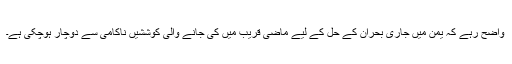
واضح رہے کہ یمن میں جاری بحران کے حل کے لیے ماضی قریب میں کی جانے والی کوششیں ناکامی سے دوچار ہوچکی ہے۔